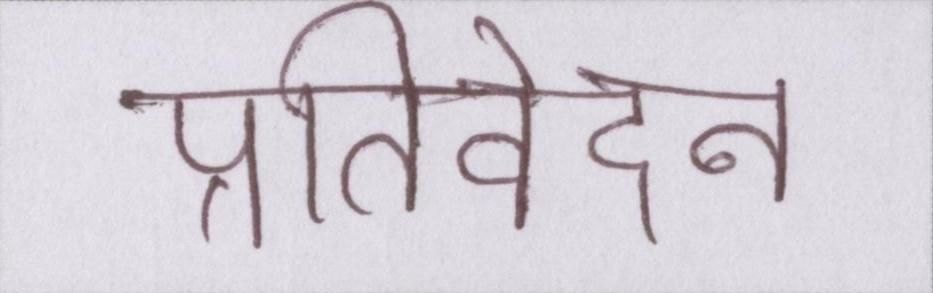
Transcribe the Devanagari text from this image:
प्रतिवेदन